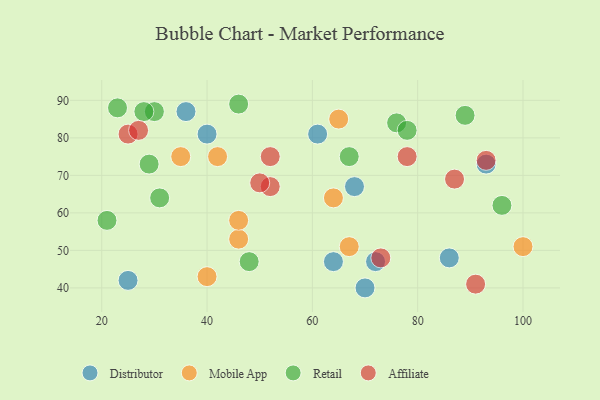
{"axis": {"x": "GDP", "y": "Life Expectancy"}, "legend": ["Affiliate", "Distributor", "Mobile App", "Retail"], "data": [{"x": "64", "y": 47, "type": "Distributor"}, {"x": "25", "y": 42, "type": "Distributor"}, {"x": "36", "y": 87, "type": "Distributor"}, {"x": "61", "y": 81, "type": "Distributor"}, {"x": "70", "y": 40, "type": "Distributor"}, {"x": "40", "y": 81, "type": "Distributor"}, {"x": "93", "y": 73, "type": "Distributor"}, {"x": "86", "y": 48, "type": "Distributor"}, {"x": "68", "y": 67, "type": "Distributor"}, {"x": "72", "y": 47, "type": "Distributor"}, {"x": "46", "y": 53, "type": "Mobile App"}, {"x": "100", "y": 51, "type": "Mobile App"}, {"x": "46", "y": 58, "type": "Mobile App"}, {"x": "35", "y": 75, "type": "Mobile App"}, {"x": "65", "y": 85, "type": "Mobile App"}, {"x": "40", "y": 43, "type": "Mobile App"}, {"x": "42", "y": 75, "type": "Mobile App"}, {"x": "64", "y": 64, "type": "Mobile App"}, {"x": "67", "y": 51, "type": "Mobile App"}, {"x": "30", "y": 87, "type": "Retail"}, {"x": "48", "y": 47, "type": "Retail"}, {"x": "46", "y": 89, "type": "Retail"}, {"x": "76", "y": 84, "type": "Retail"}, {"x": "21", "y": 58, "type": "Retail"}, {"x": "29", "y": 73, "type": "Retail"}, {"x": "31", "y": 64, "type": "Retail"}, {"x": "89", "y": 86, "type": "Retail"}, {"x": "28", "y": 87, "type": "Retail"}, {"x": "23", "y": 88, "type": "Retail"}, {"x": "96", "y": 62, "type": "Retail"}, {"x": "67", "y": 75, "type": "Retail"}, {"x": "78", "y": 82, "type": "Retail"}, {"x": "52", "y": 67, "type": "Affiliate"}, {"x": "78", "y": 75, "type": "Affiliate"}, {"x": "25", "y": 81, "type": "Affiliate"}, {"x": "50", "y": 68, "type": "Affiliate"}, {"x": "87", "y": 69, "type": "Affiliate"}, {"x": "93", "y": 74, "type": "Affiliate"}, {"x": "27", "y": 82, "type": "Affiliate"}, {"x": "73", "y": 48, "type": "Affiliate"}, {"x": "52", "y": 75, "type": "Affiliate"}, {"x": "91", "y": 41, "type": "Affiliate"}]}